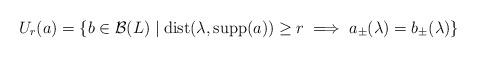
LaTeX: \begin{align*}U_r(a)=\left\{b\in\mathcal B(L)\mid \mathrm{dist}(\lambda,\mathrm{supp}(a))\geq r\implies a_\pm(\lambda)=b_\pm(\lambda)\right\}\end{align*}